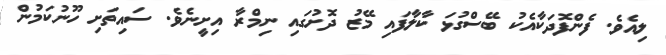
ލިއެވެ. ފެންފޮދަކާއެކު ބޭސްގުޅަ ކާލާފައި މޭޒު ދޮށުގައި ނިމްރާ އިށީނެވެ. ސައިތަށި ހޫނުކަމުން